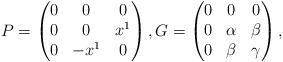
LaTeX: \begin{align*}P=\begin{pmatrix}0&0&0\cr0&0&x^1\cr0&-x^1&0\end{pmatrix},G=\begin{pmatrix}0&0&0\cr0&\alpha&\beta\cr0&\beta&\gamma\end{pmatrix},\end{align*}